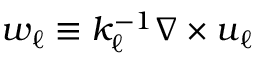
\begin{array} { r } { \boldsymbol { w } _ { \ell } \equiv k _ { \ell } ^ { - 1 } \nabla \times \boldsymbol { u } _ { \ell } } \end{array}